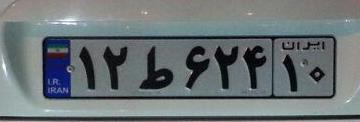
۱۲ط۶۲۴۱۰